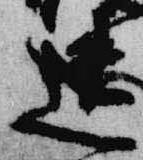
遺